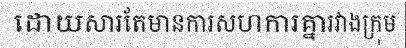
ដោយសារតែមានការសហការគ្នារវាងក្រុម